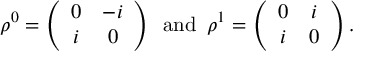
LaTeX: \rho ^ { 0 } = \left( \begin{array} { c c } { { 0 } } & { { - i } } \\ { { i } } & { { 0 } } \end{array} \right) \, \, \, \mathrm { a n d } \, \, \, \rho ^ { 1 } = \left( \begin{array} { c c } { { 0 } } & { { i } } \\ { { i } } & { { 0 } } \end{array} \right) .